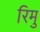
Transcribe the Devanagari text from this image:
रिमु